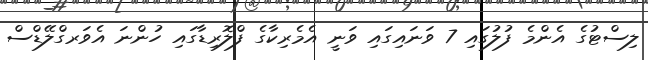
ލިސްޓުގެ އެންމެ ފުލުގައި 7 ވަނައިގައި ވަނީ އެމެރިކާގެ ފްލޮރިޑާގައި ހުންނަ އެވަރގްލޭޑްސް